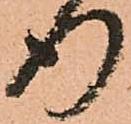
行